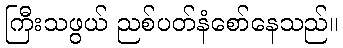
ကြီးသဖွယ် ညစ်ပတ်နံစော်နေသည်။